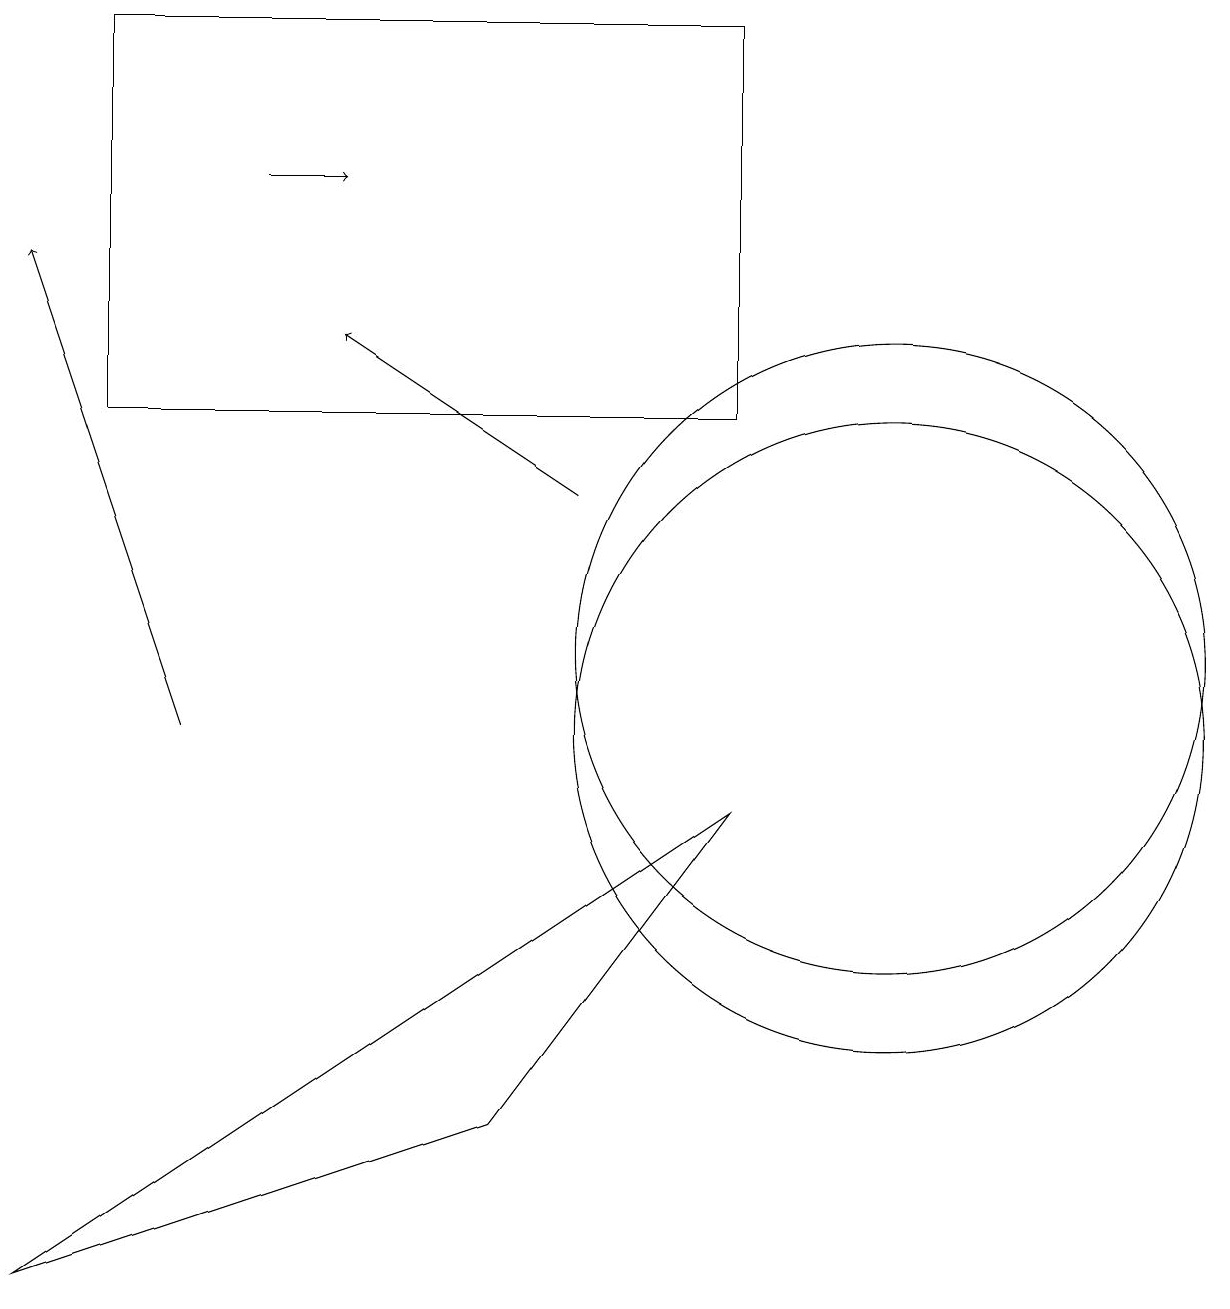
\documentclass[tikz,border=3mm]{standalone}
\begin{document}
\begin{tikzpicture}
\draw (11,10) circle (4);
\draw[->] (7,13) -- (4,15);
\draw[->] (2,10) -- (0,16);
\draw (1,19) rectangle (9,14);
\draw (9,9) -- (6,5) -- (0,3) -- cycle;
\draw (11,11) circle (4);
\draw[->] (3,17) -- (4,17);
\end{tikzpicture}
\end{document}